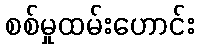
စစ်မှုထမ်းဟောင်း